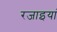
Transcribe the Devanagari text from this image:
रजाइयां